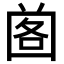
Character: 𡇷